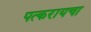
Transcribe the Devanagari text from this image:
पत्करायचा